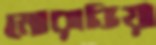
মোরাভিয়া